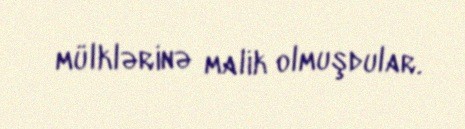
mülklərinə malik olmuşdular.